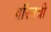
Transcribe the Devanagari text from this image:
वॉरनची